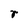
Character: r